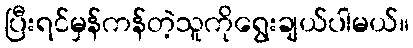
ပြီးရင်မှန်ကန်တဲ့သူကိုရွေးချယ်ပါမယ်။